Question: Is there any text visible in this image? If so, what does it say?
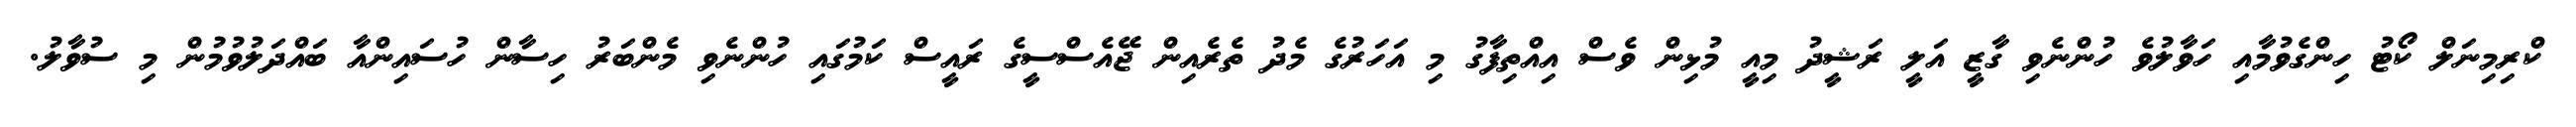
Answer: ކްރިމިނަލް ކޯޓު ހިންގެވުމާއި ހަވާލުވެ ހުންނެވި ގާޒީ އަލީ ރަޝީދު މިއީ މުޅިން ވެސް އިއްތިފާގު މި އަހަރުގެ މެދު ތެރެއިން ޖޭއެސްސީގެ ރައީސް ކަމުގައި ހުންނެވި މެންބަރު ހިސާން ހުސައިންއާ ބައްދަލުވުމުން މި ސުވާލު.